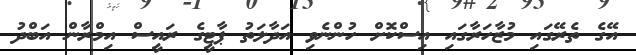
އޭގެ ތެރޭގައި މުޒާހަރާގައި އިސްކޮށް ހުންނެވި އަދާލަތު ޕާޓީގެ ރައީސް އިމްރާން އަބްދު